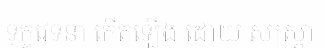
ទុក្ខវេទនា កើតឡើង ដោយ សស្ត្រា